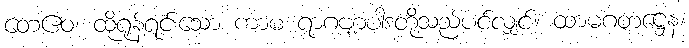
တေဧဝ၊ ထိုရုန့်ရင်းသော ကာမ ရာဂဗျာပါဒတို့သည်ပင်လျှင်။ ထာမဂတဋ္ဌေန၊